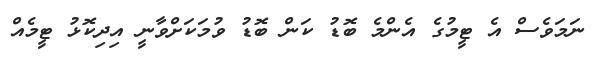
ނަމަވެސް އެ ޓީމުގެ އެންމެ ބޮޑު ކަން ބޮޑު ވުމަކަށްވާނީ އިދިކޮޅު ޓީމެއް